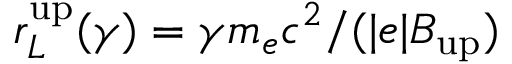
r _ { L } ^ { \mathrm { u p } } ( \gamma ) = \gamma m _ { e } c ^ { 2 } / ( | e | B _ { \mathrm { u p } } )